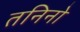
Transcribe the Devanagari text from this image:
तनिनो